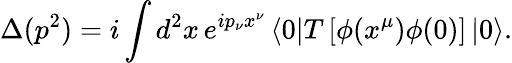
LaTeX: \Delta(p^{2})=i\int d^{2}x\, e^{ip_{\nu}x^{\nu}}\left\langle 0\right|T\left[\phi(x^{\mu})\phi(0)\right]\left|0\right\rangle.